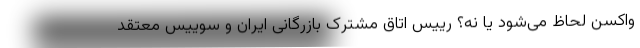
واکسن لحاظ می‌شود یا نه؟ رییس اتاق مشترک بازرگانی ایران و سوییس معتقد